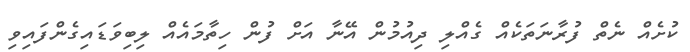
ކުށެއް ނެތް ފުރާނަތަކެއް ގެއްލި ދިއުމުން އޭނާ އަށް ފުން ހިތާމައެއް ލިބިވަޑައިގެންފައިވި